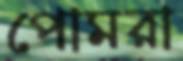
পোমরা